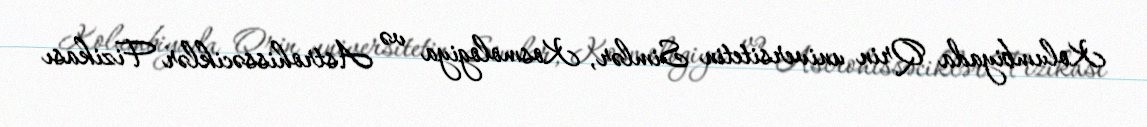
Kolumbiyada Qrin universitetin Simlər, Kosmologiya və Astrohissəciklər Fizikası